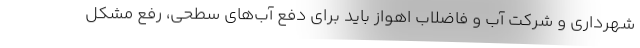
شهرداری و شرکت آب و فاضلاب اهواز باید برای دفع آب‌های سطحی، رفع مشکل